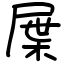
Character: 屟